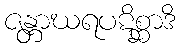
ဇန္တာဃရပဋိစ္ဆာဒိ